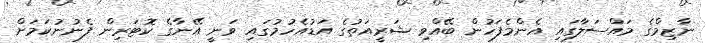
ނާޒިމްގެ މައްސަލާގައި އެންމެފަހުން ބޭއްވި ޝަރީއަތުގެ އަޑުއެހުމުގައި ވަނީ އޭނާގެ ކޮޓަރިން ފެނުނުކަމަށް